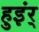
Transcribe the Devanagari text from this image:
हुइंर्